Civil Veterinary Dept. Assam report 1927-50 - 1927-1950
Year: 1927
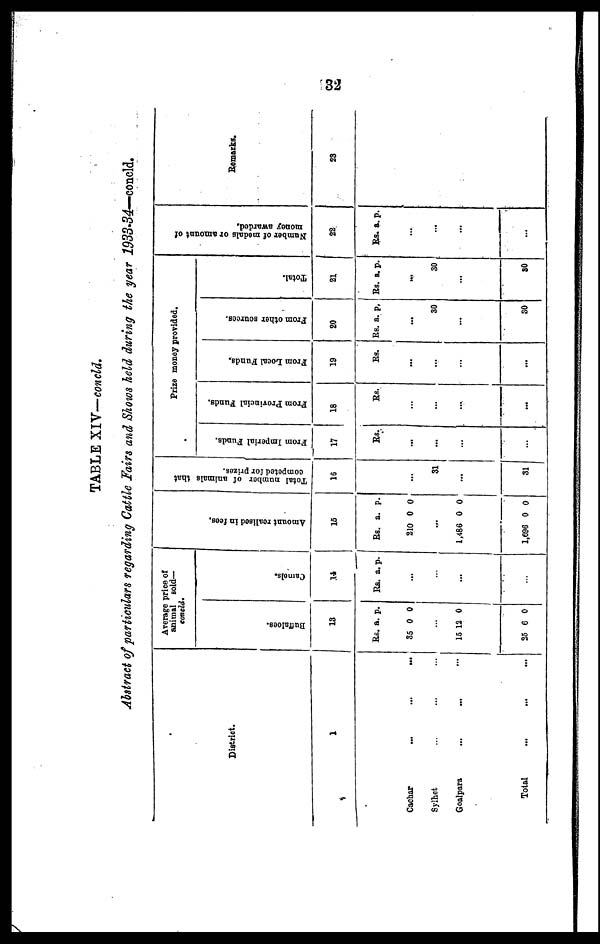
32
TABLE XIV—concld.
Abstract of particulars regarding Cattle Fairs and Shows held during the year 1933-34—concld.
District.
1
Cachar ... ... ...
Sylhet ... ... ...
Goalpara
...
...
...
Tolal
...
...
...
Average price of
animal sold—
concld.
Buffaloes.
13
Rs. a. p.
35 0 0
...
15 12 0
25 6 0
Camels.
14
Rs. a. p.
...
...
...
...
Amo u n t r e a l i s e d in fees.
15
Rs. a. p.
210 0 0
...
1,486 0 0
1,696 0 0
Tot al number of animals that
competed for prizes.
16
...
31
...
31
Prize money provided.
From Imperial Funds.
17
Rs.
...
...
...
...
From Provincial Funds.
18
Rs.
...
...
...
...
From Local Funds.
19
Rs.
...
...
...
...
From other sources.
20
Rs. a. p.
...
30
...
30
Total.
21
Rs. a. p.
...
30
...
30
Nu mb e
r of m e d a l s or amount of
mo ne y awarded.
22
Rs. a. p.
...
...
...
...
Remarks.
23